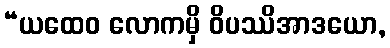
“ယထေဝ လောကမှိ ဝိပဿိအာဒယော,